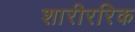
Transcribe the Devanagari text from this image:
शारीररिक